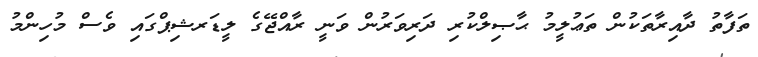
ތަފާތު ދާއިރާތަކުން ތަޢުލީމު ޙާޞިލްކުރި ދަރިވަރުން ވަނީ ރާއްޖޭގެ ލީޑަރޝިޕްގައި ވެސް މުހިންމު